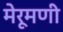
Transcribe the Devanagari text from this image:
मेरूमणी